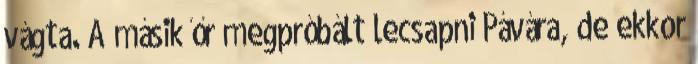
vágta. A másik őr megpróbált lecsapni Pávára, de ekkor